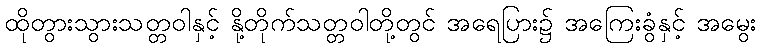
ထိုတွားသွားသတ္တဝါနှင့် နို့တိုက်သတ္တဝါတို့တွင် အရေပြား၌ အကြေးခွံနှင့် အမွေး